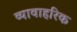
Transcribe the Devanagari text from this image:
व्यावाहरिक